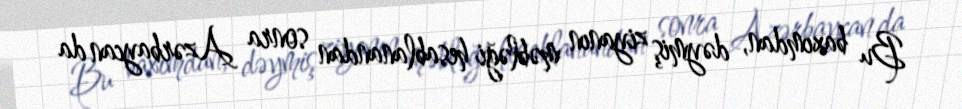
Bu baxımdan, dəymiş ziyanın məbləği hesablanandan sonra Azərbaycan da